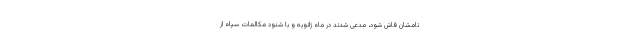
نامشان فاش شود، مدعی شدند در ماه ژانویه و با شنود مکالمات سپاه از